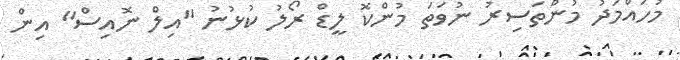
މުހައްމަދު މުންތަސިރު ނުވަތަ މުންކޮ ލީޑް ރޯލު ކުޅުނު "އިލް ނޮއިސް" އިން